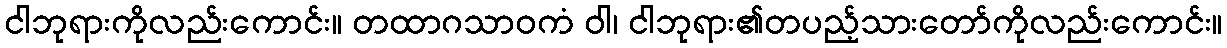
ငါဘုရားကိုလည်းကောင်း။ တထာဂသာဝကံ ဝါ၊ ငါဘုရား၏တပည့်သားတော်ကိုလည်းကောင်း။